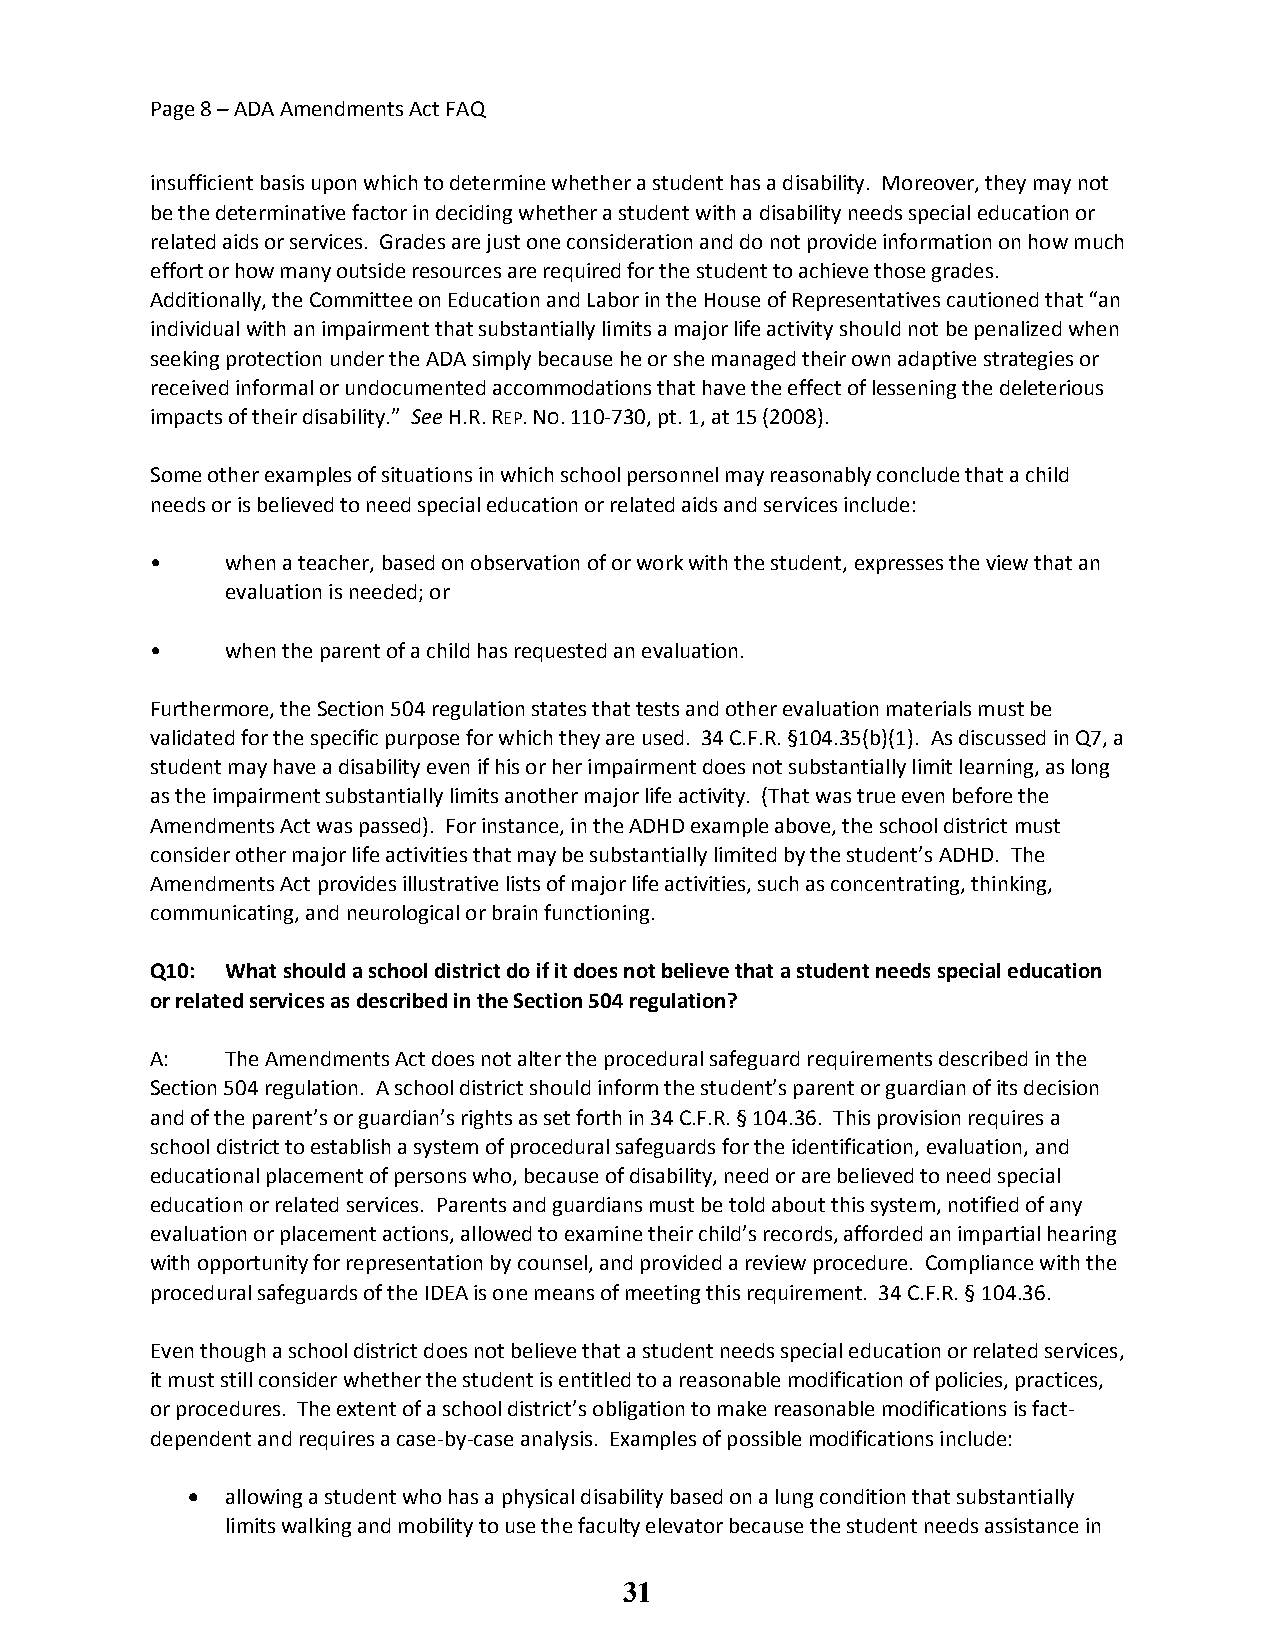
Page 8 – ADA Amendments Act FAQ
 insufficient basis upon which to determine whether a student has a disability. Moreover, they may not
 be the determinative factor in deciding whether a student with a disability needs special education or
 related aids or services. Grades are just one consideration and do not provide information on how much
 effort or how many outside resources are required for the student to achieve those grades.
 Additionally, the Committee on Education and Labor in the House of Representatives cautioned that “an
 individual with an impairment that substantially limits a major life activity should not be penalized when
 seeking protection under the ADA simply because he or she managed their own adaptive strategies or
 received informal or undocumented accommodations that have the effect of lessening the deleterious
 impacts of their disability.” See H.R. REP. NO. 110-730, pt. 1, at 15 (2008).
 Some other examples of situations in which school personnel may reasonably conclude that a child
 needs or is believed to need special education or related aids and services include:
 •    when a teacher, based on observation of or work with the student, expresses the view that an
 evaluation is needed; or
 •    when the parent of a child has requested an evaluation.
 Furthermore, the Section 504 regulation states that tests and other evaluation materials must be
 validated for the specific purpose for which they are used. 34 C.F.R. §104.35(b)(1). As discussed in Q7, a
 student may have a disability even if his or her impairment does not substantially limit learning, as long
 as the impairment substantially limits another major life activity. (That was true even before the
 Amendments Act was passed). For instance, in the ADHD example above, the school district must
 consider other major life activities that may be substantially limited by the student’s ADHD. The
 Amendments Act provides illustrative lists of major life activities, such as concentrating, thinking,
 communicating, and neurological or brain functioning.
 Q10: What should a school district do if it does not believe that a student needs special education
 or related services as described in the Section 504 regulation?
 A:   The Amendments Act does not alter the procedural safeguard requirements described in the
 Section 504 regulation. A school district should inform the student’s parent or guardian of its decision
 and of the parent’s or guardian’s rights as set forth in 34 C.F.R. § 104.36. This provision requires a
 school district to establish a system of procedural safeguards for the identification, evaluation, and
 educational placement of persons who, because of disability, need or are believed to need special
 education or related services. Parents and guardians must be told about this system, notified of any
 evaluation or placement actions, allowed to examine their child’s records, afforded an impartial hearing
 with opportunity for representation by counsel, and provided a review procedure. Compliance with the
 procedural safeguards of the IDEA is one means of meeting this requirement. 34 C.F.R. § 104.36.
 Even though a school district does not believe that a student needs special education or related services,
 it must still consider whether the student is entitled to a reasonable modification of policies, practices,
 or procedures. The extent of a school district’s obligation to make reasonable modifications is fact-
 dependent and requires a case-by-case analysis. Examples of possible modifications include:
   allowing a student who has a physical disability based on a lung condition that substantially
 limits walking and mobility to use the faculty elevator because the student needs assistance in
 31